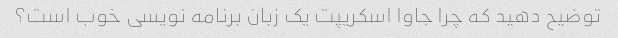
توضیح دهید که چرا جاوا اسکریپت یک زبان برنامه نویسی خوب است؟